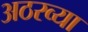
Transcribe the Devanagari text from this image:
अठरव्या